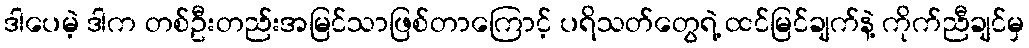
ဒါပေမဲ့ ဒါက တစ်ဦးတည်းအမြင်သာဖြစ်တာကြောင့် ပရိသတ်တွေရဲ့ ထင်မြင်ချက်နဲ့ ကိုက်ညီချင်မှ